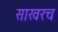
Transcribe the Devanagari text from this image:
साखरच